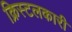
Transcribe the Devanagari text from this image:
क्रिस्टलकारी